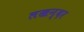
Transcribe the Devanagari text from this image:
लखन्दर